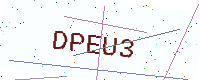
Text: DPEU3